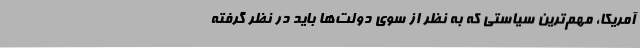
آمریکا، مهم‌ترین سیاستی که به نظر از سوی دولت‌ها باید در نظر گرفته